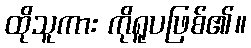
ထိုသူကား ကိုရူပဖြစ်၏။